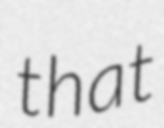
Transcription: that